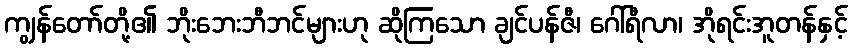
ကျွန်တော်တို့၏ ဘိုးဘေးဘီဘင်များဟု ဆိုကြသော ချင်ပန်ဇီ၊ ဂေါ်ရီလာ၊ အိုရင်းအူတန်နှင့်